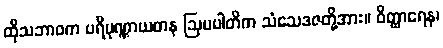
ထိုသဘာဝက ပရိပုဏ္ဏာယတန ဩပပါတိက သံသေဒဇတို့အား။ ဝိတ္ထာရေန၊